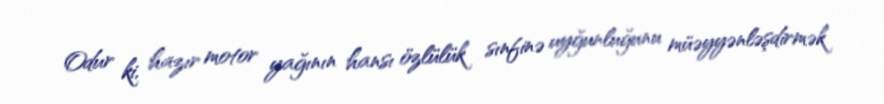
Odur ki, hazır motor yağının hansı özlülük sınfinə uyğunluğunu müəyyənləşdirmək